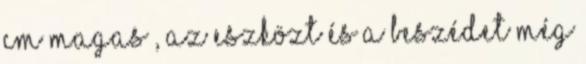
cm magas , az eszközt és a beszédet még